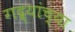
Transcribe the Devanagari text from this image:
गद्र्‍यांच्या